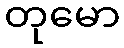
တုမော